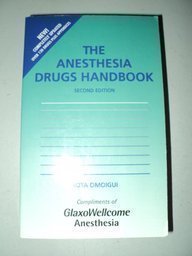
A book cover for The Anesthesia Drug Handbook; Sota Omoigui; Medical Books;